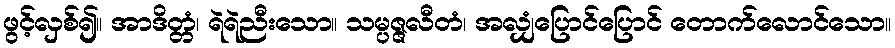
ဖွင့်လှစ်၍။ အာဒိတ္တံ၊ ရဲရဲညီးသော။ သမ္ပဇ္ဇလီတံ၊ အလျှံပြောင်ပြောင် တောက်လောင်သော။